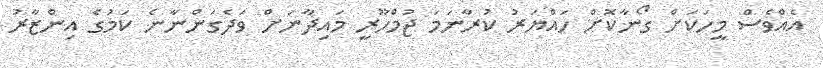
އެއްވެސް މީހަކަށް ގޯނާކޮށް ހައްޔަރު ކުރާނަމަ ޖުމްހޫރީ މައިދާނަށް ވަދެގަންނާނެ ކަމުގެ އިންޒާރު